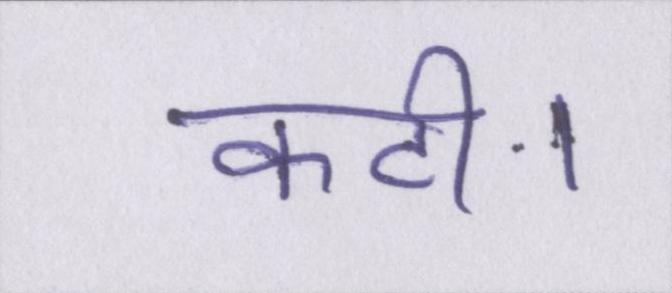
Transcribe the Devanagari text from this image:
कटी।